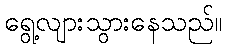
ရွေ့လျားသွားနေသည်။